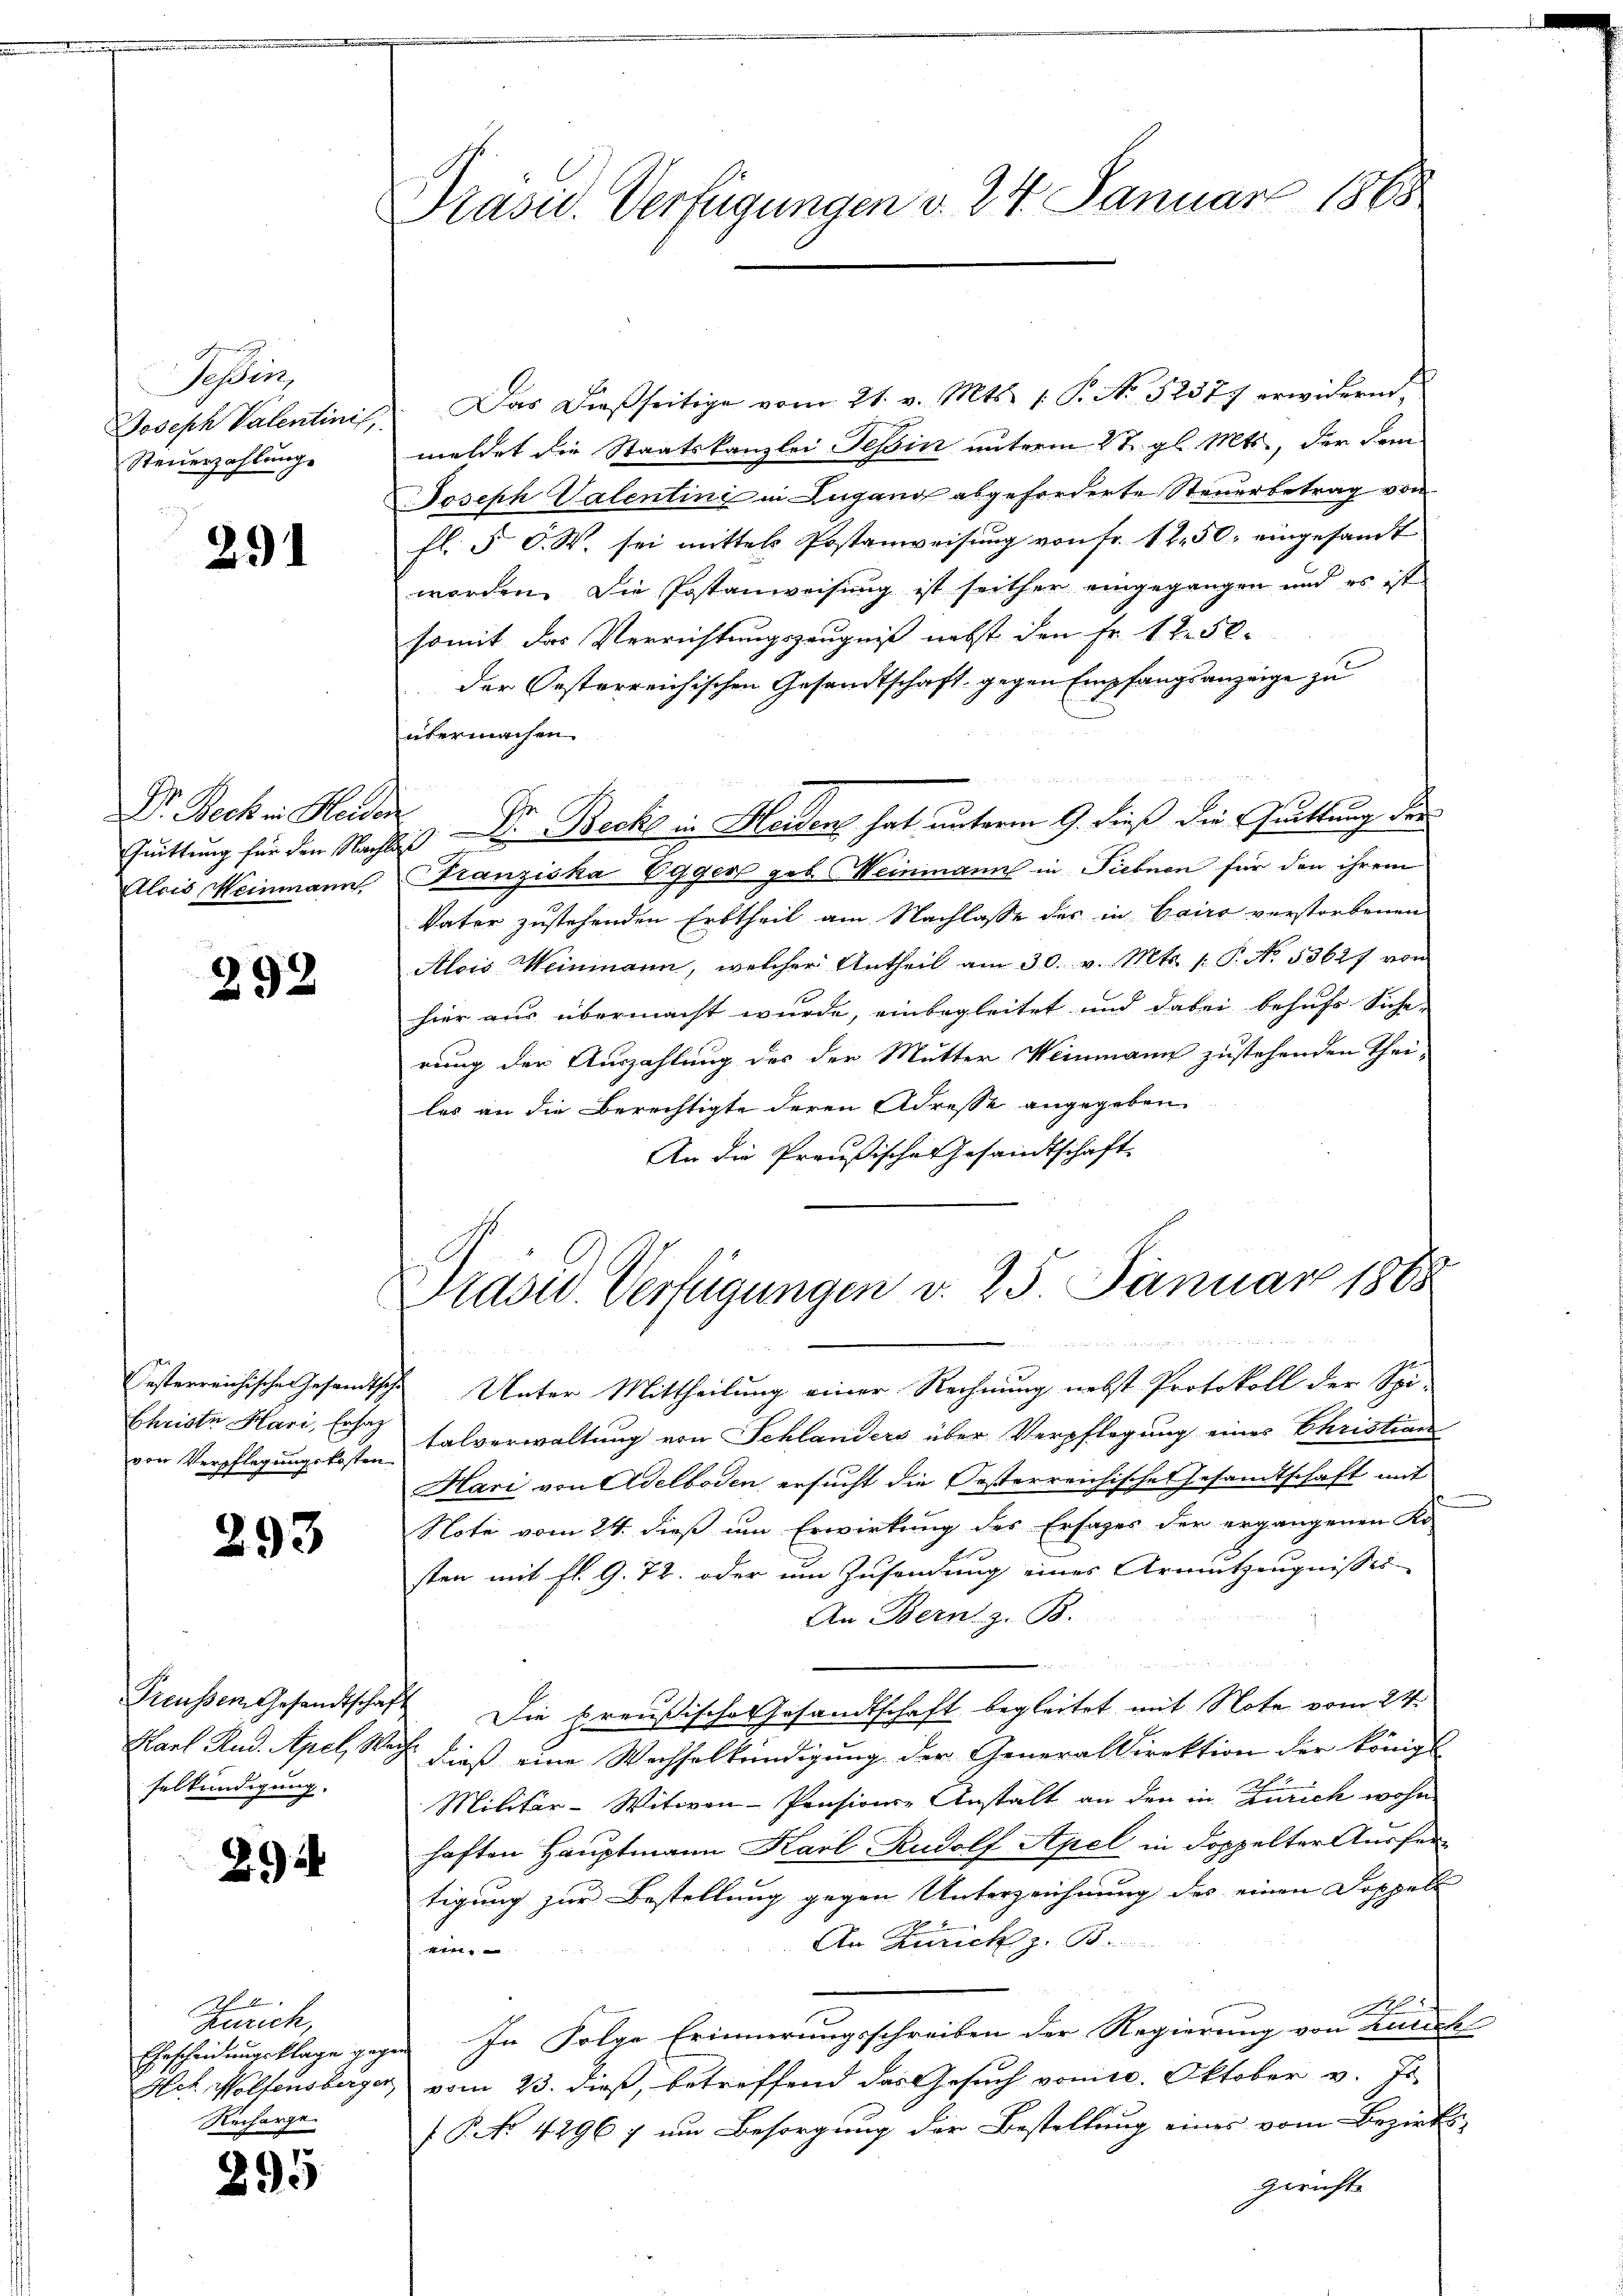
Tessin,
Joseph Valentinis,
Steuerzahlung.

29

Dr. Beck in Heider
Alris Weinmann

292

Christe Hari, Ersag

293

selkündigung.

29

A
Zürich,
Recharge.

295

Präsid. Verfügungen v. 24. Januar 1865

2. Das dießseitige vom 21. v. Mts. 1. P. No 52577 erwidern,
meldet die Staatskanzlei Tessin unterm 27. gl. Mts., der dem
Joseph Valentini in Lugano abgeforderte Steuerbetrag von
fl. 5. O. S. sei mittels Postanweisung von fr. 12. 50, eingesandt
worden. Die Postanweisung ist seither eingegangen und es ist
somit das Verrichtungszeugniß nebst den Fr. 12. 58.
der Oesterreichischen Gesandtschaft gegen Empfangsanzeige zu
übermachen
Quittung für den Nachtes Dr. Becke in Heiden hat unterm 9. dieß die Guittung der
Franziska Egger geb. Weinmann in Fiebnen für den ihrem
Vater zustehenden Erbtheil am Nachlasse des in Cairo verstorbenen
Alois Weinmann, welcher Antheil am 30. v. Mts. 1. P. No. 53627 von
hier aus übermacht wurde, einbegleitet und dabei behufs Siche-
rung der Auszahlung des der Mutter Weinmann zustehenden Thei-
les an die Berechtigte deren Adresse angegeben.
An die Preußische Gesandtschaft

Präsid. Verfügungen v. 25. Januar 1888
und

esterreichische Gesandtsche Unter Mittheilung einer Rechnung nebst Protokoll der Spi-
den Verpflegungskosten Falverwaltung von Schlanders über Verpflegung eines Christian
Hari von Adelboden ersucht die Oesterreichische Gesandtschaft mit
Note vom 24. dieß um Erwirkung des Ersages der ergangenen Ko
sten mit fl. 9. 72. oder um Zusendung eines Armutzeugnisses-
An Bern, z. B.
Preußen Gesandtschaft Die preußische Gesandtschaft begleitet mit Note vom 24.
Karl Rud. Apel, Wach dieß eine Wechselkündigung der Generaldirektion der königl.
Militär-Witwen-Pensions-Anstalt an den in Zürich wohn
haften Hauptmann Karl Rudolf Apel in doppelter Ausfertigung zur Bestellung gegen Unterzeichnung des einen Doppell |
An Zürich z. B.
n

Ehescheidungsklage gegen In Folge Erinnerungsschreiben der Regierung von Zürich
Hch. Wolfensberger vom 23. dieß, betreffend das Gesuch von 10. Oktober v. Js
f P. No 42967 um Besorgung der Bestellung eines vom Bezirks-
gericht